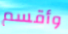
وأقسم